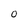
Character: 0